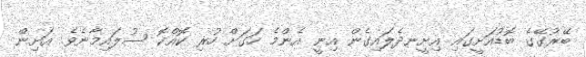
ބޭރުގޭގެ ބޮޑުއަށީގައި އިށީނދެލައިގެން އިނީ އެންމެ ހަގަށް ހުރި ކޮއްކޮ ސުލައިމާނެވެ. އަށިން